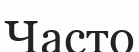
Часто